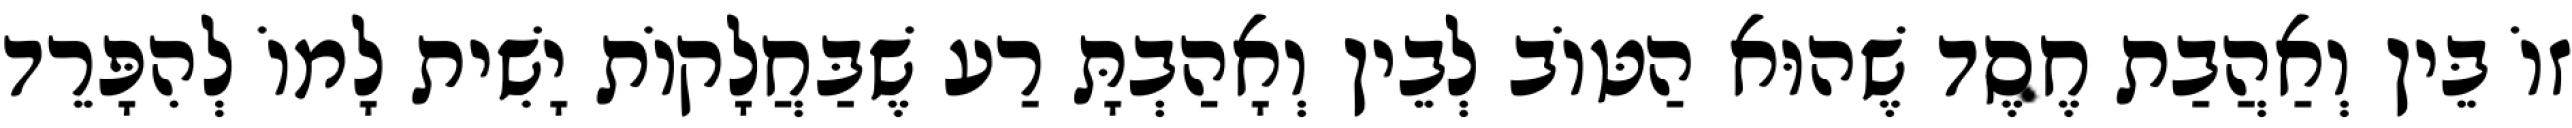
זוֹ בֵּין וְאַהֲבַת חֶסֶד שֶׁהוּא הַטּוֹב לְבֵין וְאָהַבְתָּ רַע שֶׁבַּחֲלָקוֹת יָשִׁית לָמוֹ לְהִפָּרֵד